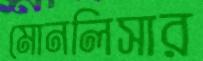
মোনলিসার